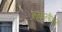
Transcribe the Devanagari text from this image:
भगवत्गीतेत